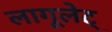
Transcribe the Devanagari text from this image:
लागूलेट्